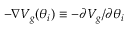
- \nabla V _ { g } ( \theta _ { i } ) \equiv - \partial V _ { g } / \partial \theta _ { i }